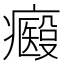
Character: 𤻢